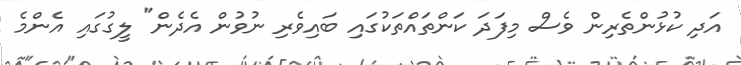
އަދި ކުޅުންތެރިން ވެސް މިފަދަ ކަންތައްތަކުގައި ބައިވެރި ނުވުން އެދެން" ލީގުގައި އެންމެ